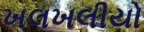
ખલખલીયો